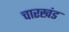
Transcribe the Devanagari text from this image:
चारखंड